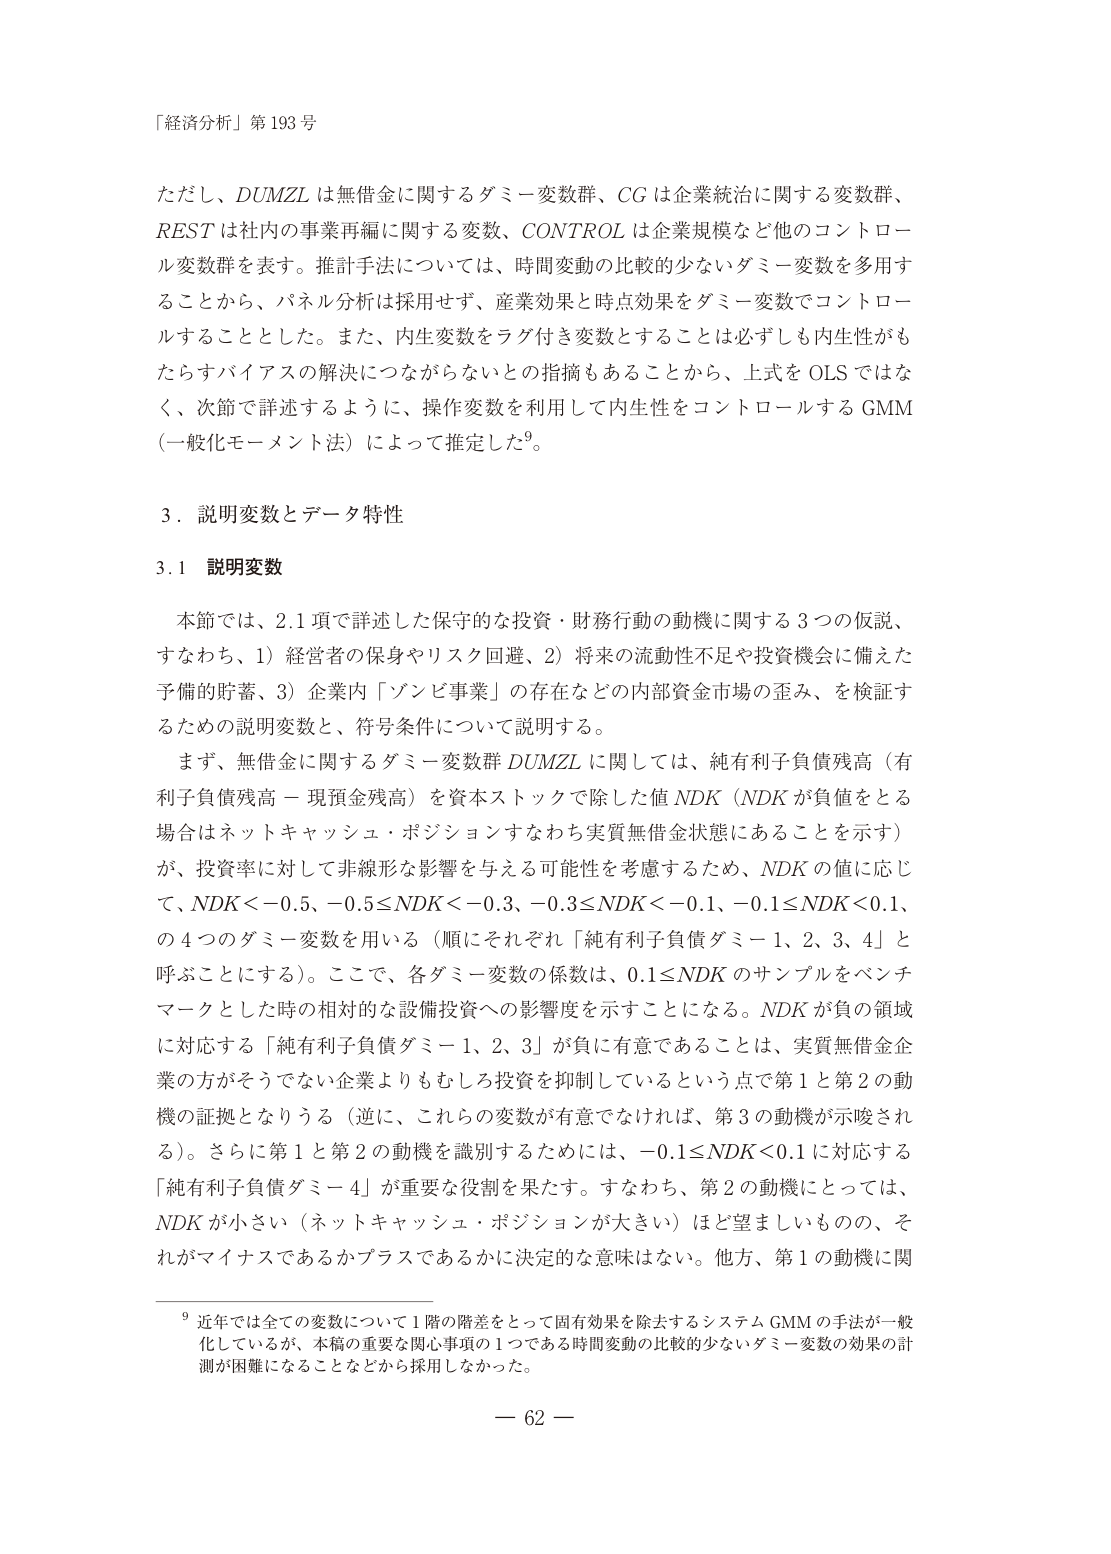
「経済分析」第193号

ただし、DUMZL は無借金に関するダミー変数群、CG は企業統治に関する変数群、REST は社内の事業再編に関する変数、CONTROL は企業規模など他のコントロール変数群を表す。推計手法については、時間変動の比較的少ないダミー変数を多用することから、パネル分析は採用せず、産業効果と時点効果をダミー変数でコントロールすることとした。また、内生変数をラグ付き変数とすることは必ずしも内生性がもたらすバイアスの解決につながらないとの指摘もあることから、上式を OLS ではなく、次節で詳述するように、操作変数を利用して内生性をコントロールする GMM（一般化モーメント法）によって推定した⁹。

3．説明変数とデータ特性

3.1 説明変数

本節では、2.1 項で詳述した保守的な投資・財務行動の動機に関する 3 つの仮説、すなわち、1）経営者の保身やリスク回避、2）将来の流動性不足や投資機会に備えた予備的貯蓄、3）企業内「ゾンビ事業」の存在などの内部資金市場の歪み、を検証するための説明変数と、符号条件について説明する。

まず、無借金に関するダミー変数群 DUMZL に関しては、純有利子負債残高（有利子負債残高－現預金残高）を資本ストックで除した値 NDK（NDK が負値をとる場合はネットキャッシュ・ポジションすなわち実質無借金状態にあることを示す）が、投資率に対して非線形な影響を与える可能性を考慮するため、NDK の値に応じて、NDK＜－0.5、－0.5≦NDK＜－0.3、－0.3≦NDK＜－0.1、－0.1≦NDK＜0.1、の 4 つのダミー変数を用いる（順にそれぞれ「純有利子負債ダミー 1、2、3、4」と呼ぶことにする）。ここで、各ダミー変数の係数は、0.1≦NDK のサンプルをベンチマークとした時の相対的な設備投資への影響度を示すことになる。NDK が負の領域に対応する「純有利子負債ダミー 1、2、3」が負に有意であることは、実質無借金企業の方がそうでない企業よりもむしろ投資を抑制しているという点で第 1 と第 2 の動機の証拠となりうる（逆に、これらの変数が有意でなければ、第 3 の動機が示唆される）。さらに第 1 と第 2 の動機を識別するためには、－0.1≦NDK＜0.1 に対応する「純有利子負債ダミー 4」が重要な役割を果たす。すなわち、第 2 の動機にとっては、NDK が小さい（ネットキャッシュ・ポジションが大きい）ほど望ましいものの、それがマイナスであるかプラスであるかに決定的な意味はない。他方、第 1 の動機に関

⁹ 近年では全ての変数について 1 階の階差をとって固有効果を除去するシステム GMM の手法が一般化しているが、本稿の重要な関心事項の 1 つである時間変動の比較的少ないダミー変数の効果の計測が困難になることなどから採用しなかった。

－ 62 －